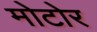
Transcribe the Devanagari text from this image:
मोटोर